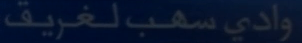
وادي سهاب لغريف